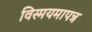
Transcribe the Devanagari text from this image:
विस्मयमापन्न